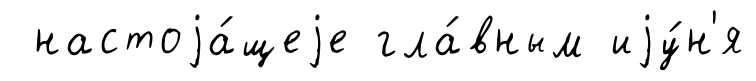
настоjа́щеjе гла́вным иjу́н'я